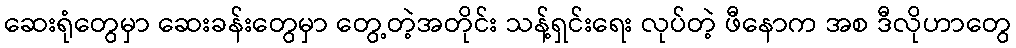
ဆေးရုံတွေမှာ ဆေးခန်းတွေမှာ တွေ့တဲ့အတိုင်း သန့်ရှင်းရေး လုပ်တဲ့ ဖီနောက အစ ဒီလိုဟာတွေ